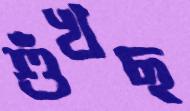
শুঁখছ